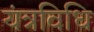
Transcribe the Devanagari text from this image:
यंत्रविधि